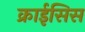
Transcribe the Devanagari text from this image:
क्राईसिस